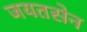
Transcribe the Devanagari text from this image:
जयतसेन